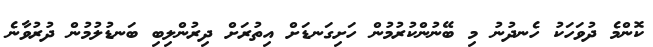
ކޮންމެ ދުވަހަކު ހެނދުނު މި ބޭނުންކުރުމުން ހަށިގަނޑަށް އިތުރަށް ދިރުންލިބި ބަނޑުލުމުން ދުރުވާނެ